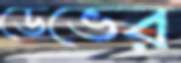
ডেভের